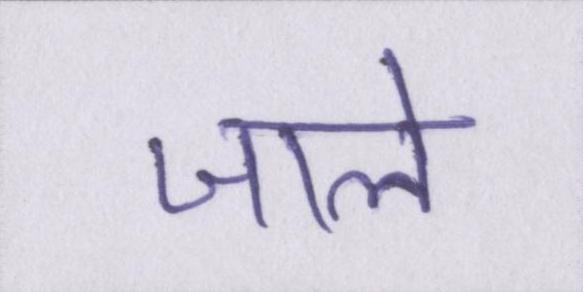
जाले